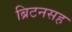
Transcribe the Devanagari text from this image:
ब्रिटनसह